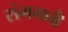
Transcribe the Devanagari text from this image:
संगमची